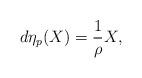
LaTeX: \begin{align*} d\eta_p(X) = \frac{1}{\rho}X,\end{align*}